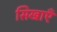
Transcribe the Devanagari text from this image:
सिखाएँ